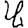
Digit: 4